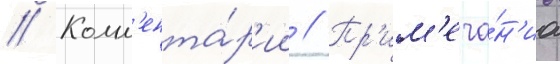
// Комм'ента́р'ии // Пр'им'еча́н'иа